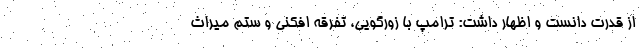
از قدرت دانست و اظهار داشت: ترامپ با زورگویی، تفرقه افکنی و ستم میراث